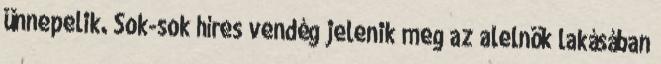
ünnepelik. Sok-sok híres vendég jelenik meg az alelnök lakásában